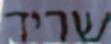
שריד